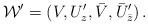
\begin{align*}{\cal W}' = (V,U'_z, \bar V, \bar U'_{\bar z})\,. \end{align*}